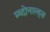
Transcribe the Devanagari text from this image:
म्च्दोनाल्ड्स